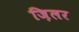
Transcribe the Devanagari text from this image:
ज़िलर